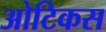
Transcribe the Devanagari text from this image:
ओटिकस